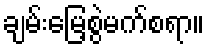
ချမ်းမြေ့စွဲမက်စရာ။